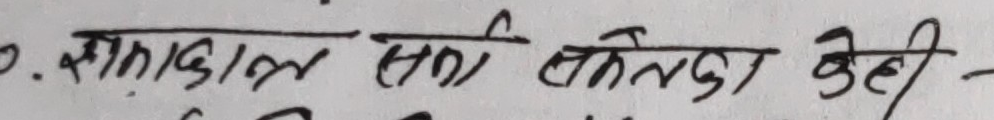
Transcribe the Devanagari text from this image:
७. सप्तकाल सत्ती वेतल्दा केही -